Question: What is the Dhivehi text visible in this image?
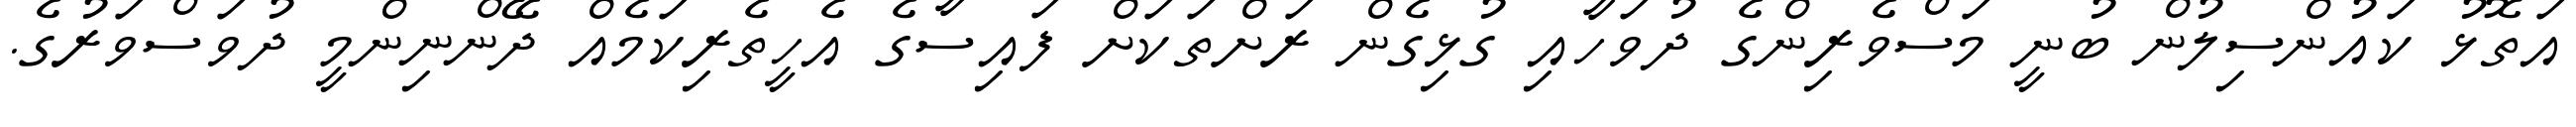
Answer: އަތޮޅު ކައުންސިލުން ބުނީ މަސްވެރިންގެ ދުވަހާއި ގުޅިގެން ރަށްތަކަށް ފައިސާގެ އެހީތެރިކަމެއް ދޭންނިންމީ ދުވަސްވަރުގެ.